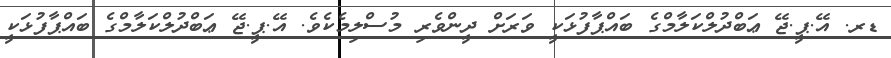
ޑރ. އޭ.ޕީ.ޖޭ ޢަބްދުލްކަލާމްގެ ބައްޕާފުޅަކީ ވަރަށް ދީންވެރި މުސްލިމެކެވެ. އޭ.ޕީ.ޖޭ ޢަބްދުލްކަލާމްގެ ބައްޕާފުޅަކީ